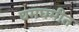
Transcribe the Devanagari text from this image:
घमघमीत